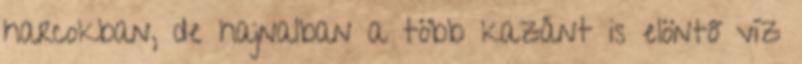
harcokban, de hajnalban a több kazánt is elöntő víz